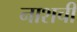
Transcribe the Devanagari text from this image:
नाशची